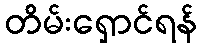
တိမ်းရှောင်ရန်